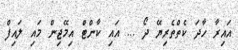
އައިރާ ހާދަ ކެތްތެރިޔޭ ދޯ ... އައި ކާންޓް އިމޭޖިން މައި ލައިފް